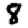
Digit: 8